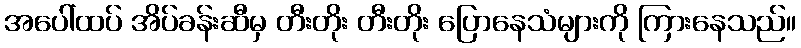
အပေါ်ထပ် အိပ်ခန်းဆီမှ တီးတိုး တီးတိုး ပြောနေသံများကို ကြားနေသည်။